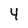
Character: 4